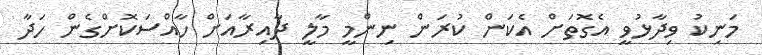
މަނިކު ވިދާޅުވީ އެގޮތަށް އެކަން ކުރަން ނިންމީ މާލީ ދާއިރާއަށް ހާއްސަކޮށްގެން ހަދާ